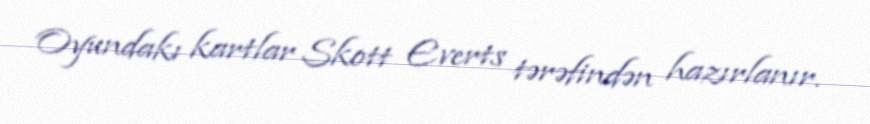
Oyundakı kartlar Skott Everts tərəfindən hazırlanır.